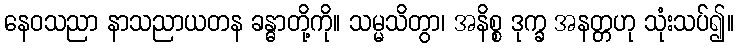
နေဝသညာ နာသညာယတန ခန္ဓာတို့ကို။ သမ္မသိတွာ၊ အနိစ္စ ဒုက္ခ အနတ္တဟု သုံးသပ်၍။